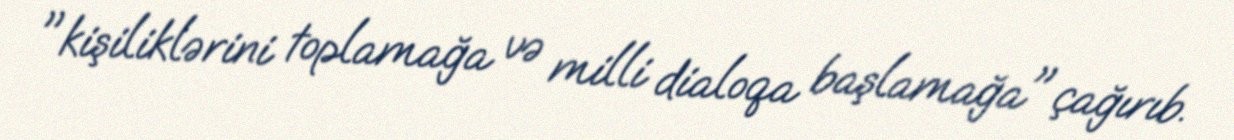
"kişiliklərini toplamağa və milli dialoqa başlamağa" çağırıb.